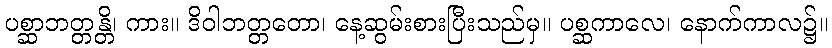
ပစ္ဆာဘတ္တန္တိ၊ ကား။ ဒိဝါဘတ္တတော၊ နေ့ဆွမ်းစားပြီးသည်မှ။ ပစ္ဆကာလေ၊ နောက်ကာလ၌။